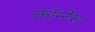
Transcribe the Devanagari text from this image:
कॉन्टेस